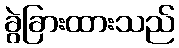
ခွဲခြားထားသည်